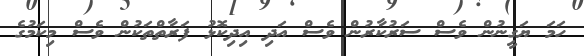
ހަމަ ޔަގީނުން ވެސް ސަރުކާރުން ވެސް އަދި އިދިކޮޅު ފަރާތްތަކުން ވެސް މިކަމުގެ